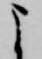
よ